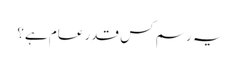
یہ رسم کس قدر عام ہے؟